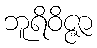
ဘူရိဝိဇ္ဇာ